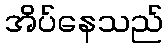
အိပ်နေသည်